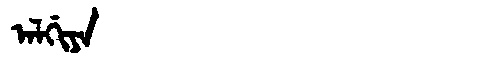
Manchu: ᠠᠯᡤᡳᠶᠠ
Romanization: ALGIYA